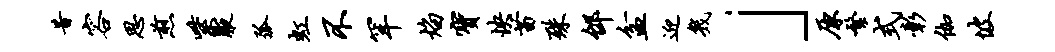
昔容思煎紫腋弧虹不罕焰宝怏苗殊邰盆迎几」原繁式彰伽坡